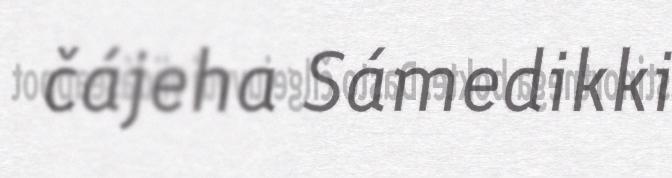
čájeha Sámedikki